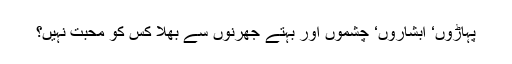
پہاڑوں‘ آبشاروں‘ چشموں اور بہتے جھرنوں سے بھلا کس کو محبت نہیں؟